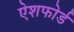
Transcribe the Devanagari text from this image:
ऐशफोर्ड